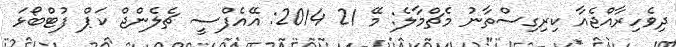
ދިވެހިރާއްޖެއާ ކިރިގިސްތާނު މެޗްމާލެ: މޭ 21 2014: އޭއެފްސީ ޗެލެންޖް ކަޕް ފުޓްބޯޅަ